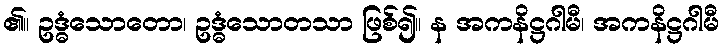
၏။ ဥဒ္ဓံသောတော၊ ဥဒ္ဓံသောတသာ ဖြစ်၍။ န အကနိဋ္ဌဂါမီ၊ အကနိဋ္ဌဂါမီ